Report of the Indian Hemp Drugs Commission, 1894-1895 - Volume VI
Year: 1894
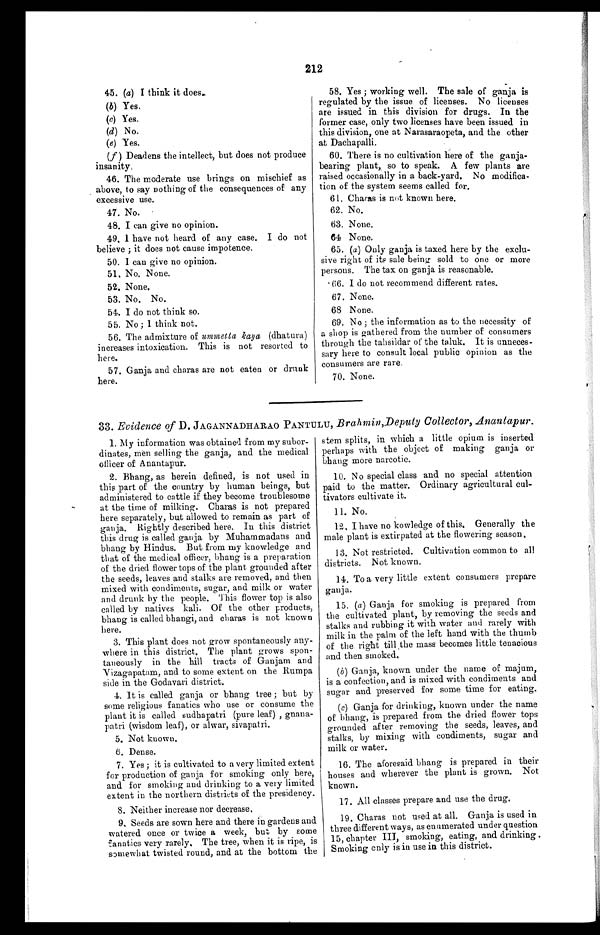
212
45. (a) I think it does.
(b) Yes.
(c) Yes.
(d) No.
(e) Yes.
(f) Deadens the intellect, but does not produce
insanity.
46. The moderate use brings on mischief as
above, to say nothing of the consequences of any
excessive use.
47. No.
48. I can give no opinion.
49. I have not heard of any case. I do not
believe ; it does not cause impotence.
50. I can give no opinion.
51. No. None.
52. None.
53. No. No.
54. I do not think so.
55. No ; I think not.
56. The admixture of ummetta kaya (dhatura)
increases intoxication. This is not resorted to
here.
57. Ganja and charas are not eaten or drunk
here.
58. Yes ; working well. The sale of ganja is
regulated by the issue of licenses. No licenses
are issued in this division for drugs. In the
former case, only two licenses have been issued in
this division, one at Narasaraopeta, and the other
at Dachapalli.
60. There is no cultivation here of the ganja-
bearing plant, so to speak. A few plants are
raised occasionally in a back-yard. No modifica-
tion of the system seems called for.
61. Charas is not known here.
62. No.
63.
None.
64.
None.
65. (a) Only ganja is taxed here by the exclu-
sive right of its sale being sold to one or more
persons. The tax on ganja is reasonable.
66. I do not recommend different rates.
67. None.
68.
None.
69. No ; the information as to the necessity of
a shop is gathered from the number of consumers
through the tahsildar of the taluk. It is unneces-
sary here to consult local public opinion as the
consumers are rare.
70. None.
33. Evidence of D . JAGANNADHARAO PANTALU, Brahmin,Deputy Collector, Anantapur.
1. My information was obtained from my subor-
dinates, men selling the ganja, and the medical
officer of Anantapur.
2. Bhang, as herein defined, is not used in
this part of the country by human beings, but
administered to cattle if they become troublesome
at the time of milking. Charas is not prepared
here separately, but allowed to remain as part of
ganja. Rightly described here. In this district
this drug is called ganja by Muhammadans and
bhang by Hindus. But from my knowledge and
that of the medical officer, bhang is a preparation
of the dried flower tops of the plant grounded after
the seeds, leaves and stalks are removed, and then
mixed with condiments, sugar, and milk or water
and drunk by the people. This flower top is also
called by natives kali. Of the other products,
bhang is called bhangi, and charas is not known
here.
3. This plant does not grow spontaneously any-
where in this district. The plant grows spon
- t a n e o u s l y i n t h e h i l l t r a c t s o f G a n j a m a n d
Vizagapatam, and to some extent on the Rumpa
side in the Godavari district.
4. It is called ganja or bhang tree; but by
some religious fanatics who use or consume the
plant it is called sudhapatri (pure leaf),
gnana-patri (wisdom leaf), or alwar, sivapatri.
5. Not known.
6. Dense.
7. Yes; it is cultivated to a very limited extent
for production of ganja for smoking only here,
and for smoking and drinking to a very limited
extent in the northern districts of the presidency.
8. Neither increase nor decrease.
9. Seeds are sown here and there in gardens and
watered once or twice a week, but by some
fanatics very rarely. The tree, when it is ripe, is
somewhat twisted round, and at the bottom the
stem splits, in which a little opium is inserted
perhaps with the object of making ganja or
bhang more narcotic.
10. No special class and no special attention
paid to the matter. Ordinary agricultural cul-
tivators cultivate it.
11. No.
12. I have no kowledge of this. Generally the
mal e pl ant i s ext i r pat ed at t he f l ower i ng s eas on.
13. Not restricted. Cultivation common to all
districts. Not known.
14. To a very little extent consumers prepare
ganja.
15. (a ) Ganja for smoking is prepared from
the cultivated plant, by removing the seeds and
stalks and rubbing it with water and rarely with
milk in the palm of the left hand with the thumb
of the right till the mass becomes little tenacious
and then smoked.
(b) Ganja, known under the name of majum,
is a confection, and is mixed with condiments and
sugar and preserved for some time for eating.
(c) Ganja for drinking, known under the name
of bhang, is prepared from the dried flower tops
grounded after removing the seeds, leaves, and
stalks, by mixing with condiments, sugar and
milk or water.
16. The aforesaid bhang is prepared in their
houses and wherever the plant is grown. Not
known.
17. All classes prepare and use the drug.
19. Charas not used at all. Ganja is used in
three different ways, as enumerated under question
15, chapter III, smoking, eating, and drinking.
Smoking only is in use in this district.